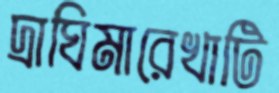
দ্রাঘিমারেখাটি